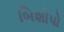
બિશોપો